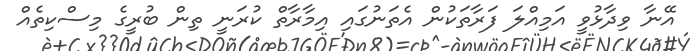
އޭނާ ވިދާޅުވީ އަމިއްލަ ފަރާތަކުން އެތަނުގައި އިމާރާތް ކުރަނީ ތިން ބުރީގެ މިސްކިތެއް